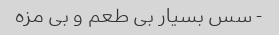
- سس بسیار بی طعم و بی مزه